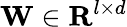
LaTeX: \mathbf{W}\in\mathbf{R}^{l\times d}